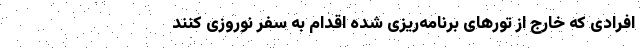
افرادی که خارج از تورهای برنامه‌ریزی شده اقدام به سفر نوروزی ‌کنند